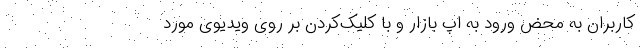
کاربران به محض ورود به اپ بازار و با کلیک‌‌کردن بر روی ویدیوی مورد